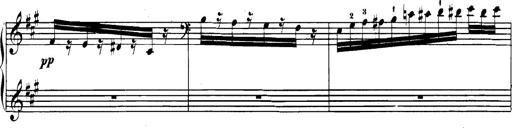
Title: Spinnerlied aus dem Fliegenden HollÃ¤nder
Composer: Franz Liszt